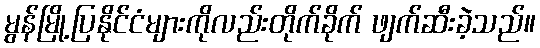
မွန်မြို့ပြနိုင်ငံများကိုလည်းတိုက်ခိုက် ဖျက်ဆီးခဲ့သည်။